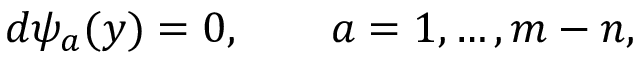
d \psi _ { a } ( y ) = 0 , \qquad a = 1 , \ldots , m - n ,